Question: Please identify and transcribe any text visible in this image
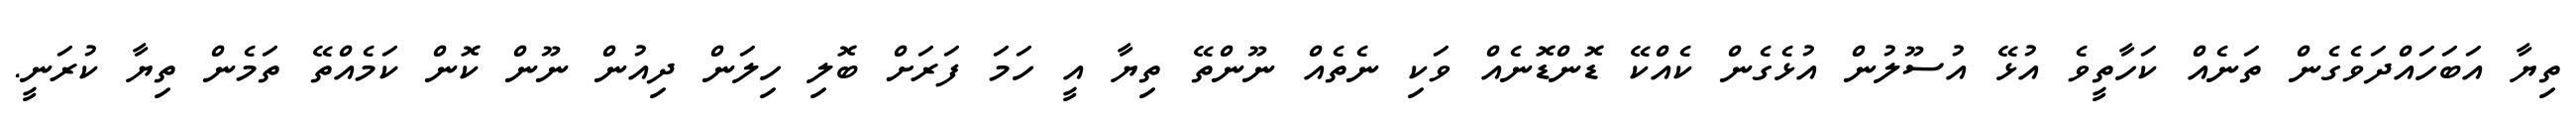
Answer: ތިޔާ އަބަހައްދަވެގެން ތަނެއް ކަހާތީވެ އުޅޭ އުސޫލުން އުޅެގެން ކެއްކޭ ޑޮންޑޮނެއް ވަކި ނެތެއް ނޫންތޭ ތިޔާ އީ ހަމަ ފަރަށް ބޮލި ހިލަން ދިއުން ނޫން ކޮން ކަމެއްތޭ ތަމެން ތިޔާ ކުރަނީ.